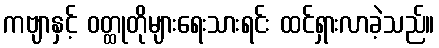
ကဗျာနှင့် ဝတ္ထုတိုများရေးသားရင်း ထင်ရှားလာခဲ့သည်။